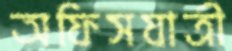
অফিসযাত্রী